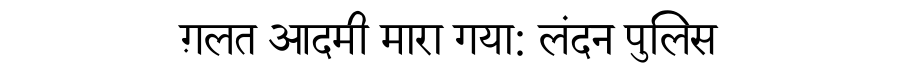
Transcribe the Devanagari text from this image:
ग़लत आदमी मारा गया: लंदन पुलिस